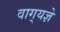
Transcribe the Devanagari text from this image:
वाग्‌यज्ञे